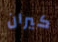
كيران